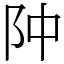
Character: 䦿